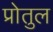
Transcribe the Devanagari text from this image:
प्रोतुल